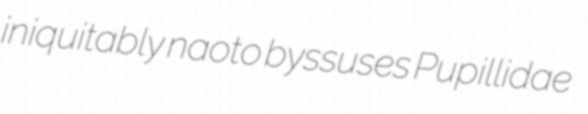
iniquitably naoto byssuses Pupillidae